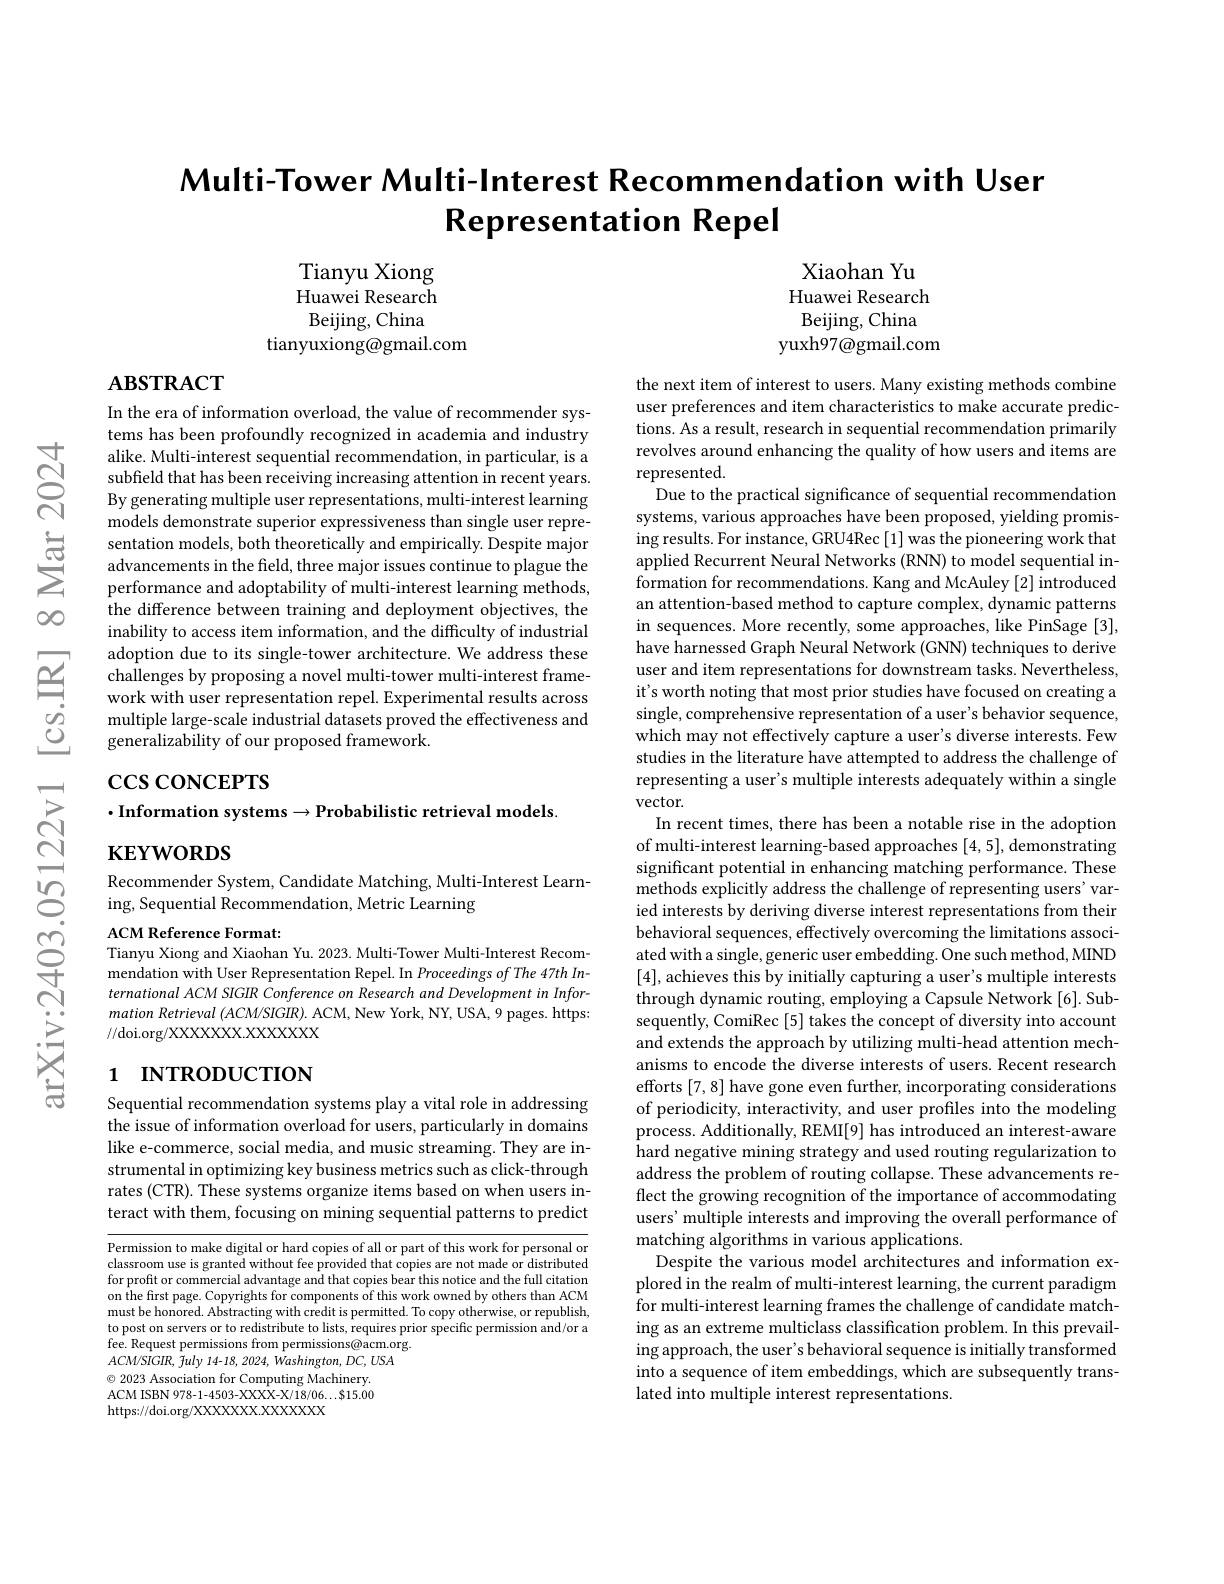
# Multi-Tower Multi-Interest Recommendation with User Representation Repel

Xiaohan Yu Huawei Research Beijing, China
yuxh97@gmail.com

Tianyu Xiong Huawei Research Beijing, China
tianyuxiong@gmail.com

$\mathbf{ABSTRACT}$

In the era of information overload, the value of recommender systems has been profoundly recognized in academia and industry alike. Multi-interest sequential recommendation, in particular, is a subfield that has been receiving increasing attention in recent years. By generating multiple user representations, multi-interest learning models demonstrate superior expressiveness than single user representation models, both theoretically and empirically. Despite major advancements in the field, three major issues continue to plague the performance and adoptability of multi-interest learning methods, the difference between training and deployment objectives, the inability to access item information, and the difficulty of industrial adoption due to its single-tower architecture. We address these challenges by proposing a novel multi-tower multi-interest framework with user representation repel. Experimental results across multiple large-scale industrial datasets proved the effectiveness and generalizability of our proposed framework.

$\csc$coNCEPTS
$\cdot$Information systems$\to$Probabilistic retrieval models.

$\mathbf{KEYWORDS}$

Recommender System, Candidate Matching, Multi-Interest Learn-
ing, Sequential Recommendation, Metric Learning

the next item of interest to users. Many existing methods combine user preferences and item characteristics to make accurate predictions. As a result, research in sequential recommendation primarily revolves around enhancing the quality of how users and items are represented.
Due to the practical significance of sequential recommendation systems, various approaches have been proposed, yielding promising results. For instance, GRU4Rec [1] was the pioneering work that applied Recurrent Neural Networks (RNN) to model sequential information for recommendations. Kang and McAuley [2] introduced an attention-based method to capture complex, dynamic patterns in sequences. More recently, some approaches, like PinSage [3], have harnessed Graph Neural Network (GNN) techniques to derive user and item representations for downstream tasks. Nevertheless it's worth noting that most prior studies have focused on creating a single, comprehensive representation of a user's behavior sequence which may not effectively capture a user's diverse interests. Few studies in the literature have attempted to address the challenge of representing a user's multiple interests adequately within a single vector.
In recent times, there has been a notable rise in the adoption of multi-interest learning-based approaches [4,5],demonstrating significant potential in enhancing matching performance. These methods explicitly address the challenge of representing users' varied interests by deriving diverse interest representations from their behavioral sequences, effectively overcoming the limitations associated with a single, generic user embedding. One such method, MIND [4], achieves this by initially capturing a user's multiple interests through dynamic routing, employing a Capsule Network [6]. Subsequently, ComiRec [5] takes the concept of diversity into account and extends the approach by utilizing multi-head attention mechanisms to encode the diverse interests of users. Recent research efforts [7,8] have gone even further, incorporating considerations of periodicity, interactivity, and user profiles into the modeling process. Additionally, REMI[9] has introduced an interest-aware hard negative mining strategy and used routing regularization to address the problem of routing collapse. These advancements reflect the growing recognition of the importance of accommodating users' multiple interests and improving the overall performance of matching algorithms in various applications.
Despite the various model architectures and information explored in the realm of multi-interest learning, the current paradigm for multi-interest learning frames the challenge of candidate matching as an extreme multiclass classification problem. In this prevailing approach, the user's behavioral sequence is initially transformed into a sequence of item embeddings, which are subsequently translated into multiple interest representations.

ACM Reference Format:
Tianyu Xiong and Xiaohan Yu. 2023. Multi-Tower Multi-Interest Recommendation with User Representation Repel. In Proceedings of The 47th International ACM SIGIR Conference on Research and Development in Information Retrieval $( ACM/ SIGIR) .$ ACM, New York, NY, USA, 9 pages. https: //doi.org/XXXXXXXX.XXXXXX

## 1 INTRODUCTION

Sequential recommendation systems play a vital role in addressing the issue of information overload for users, particularly in domains like e-commerce, social media, and music streaming. They are instrumental in optimizing key business metrics such as click-through rates (CTR). These systems organize items based on when users interact with them, focusing on mining sequential patterns to predict

Permission to make digital or hard copies of all or part of this work for personal or classroom use is granted without fee provided that copies are not made or distributed for profit or commercial advantage and that copies bear this notice and the full citation on the first page. Copyrights for components of this work owned by others than ACM must be honored. Abstracting with credit is permitted. To copy otherwise, or republish to post on servers or to redistribute to lists, requires prior specific permission and/or a fee. Request permissions from permissions@acm.org. $ACM/SIGIR,\hat{f}uly$ 14-18, 2024, Washington, DC, USA $\odot$ 2023 Association for Computing Machinery. ACM ISBN 978-1-4503-XXXX-X/18/06...$15.00 https://doi.org/XXXXXXX.XXXXXX